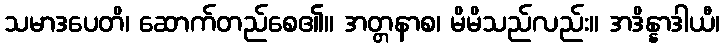
သမာဒပေတိ၊ ဆောက်တည်စေ၏။ အတ္တနာစ၊ မိမိသည်လည်း။ အဒိန္နာဒါယီ၊